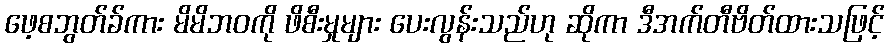
ဖေ့စဘွတ်ခ်ကား မိမိဘဝကို ဖိစီးမှုများ ပေးလွန်းသည်ဟု ဆိုကာ ဒီအက်တီဗိတ်ထားသဖြင့်